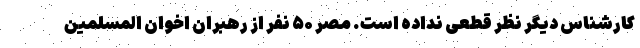
کارشناس دیگر نظر قطعی نداده است. مصر ۵۰ نفر از رهبران اخوان المسلمین